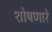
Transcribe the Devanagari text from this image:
शोषणारे